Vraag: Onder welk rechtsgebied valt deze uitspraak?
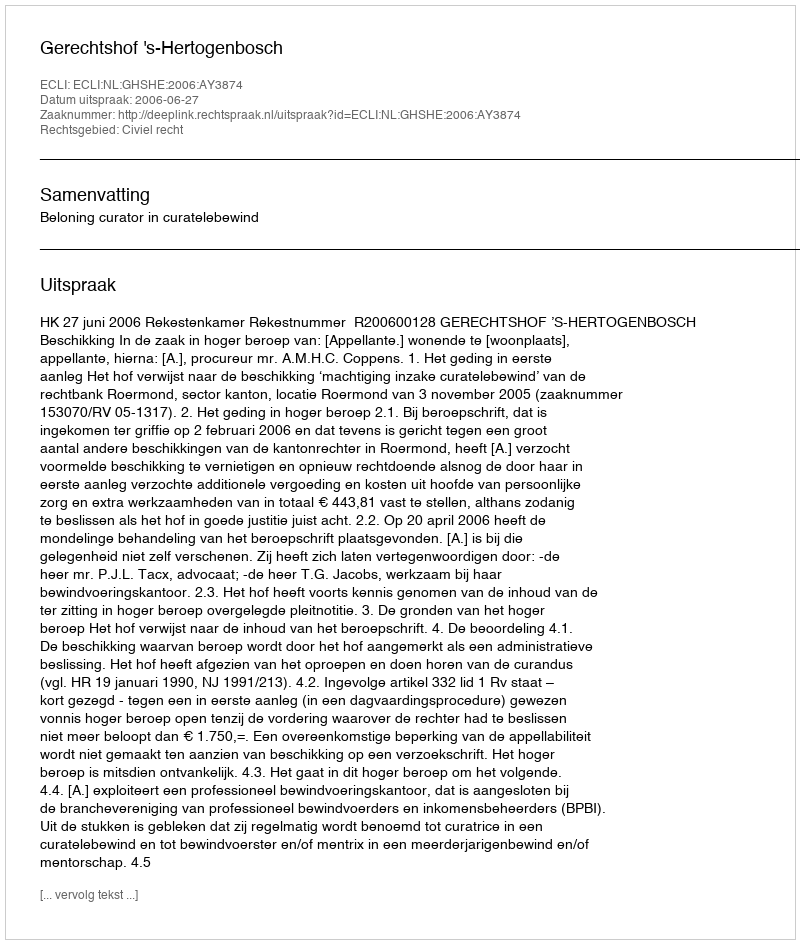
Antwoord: Civiel recht